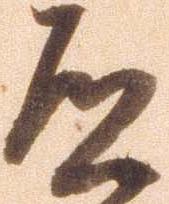
道